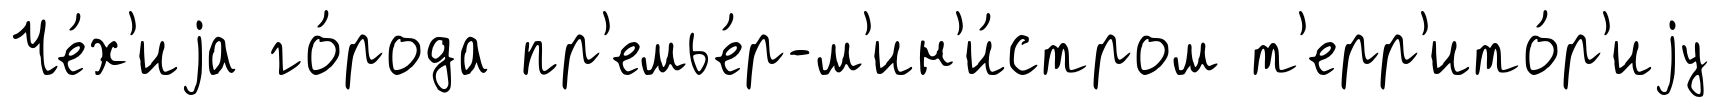
Че́х'иjа го́рода пр'емье́р-м'ин'и́стром т'ерр'ито́р'иjу